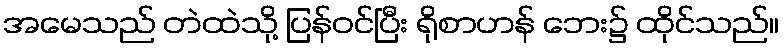
အမေသည် တဲထဲသို့ ပြန်ဝင်ပြီး ရိုစာဟန် ဘေး၌ ထိုင်သည်။